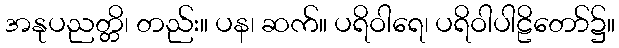
အနုပညတ္တိ၊ တည်း။ ပန၊ ဆက်။ ပရိဝါရေ၊ ပရိဝါပါဠိတော်၌။